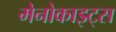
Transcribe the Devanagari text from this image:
मेनोकाइट्स